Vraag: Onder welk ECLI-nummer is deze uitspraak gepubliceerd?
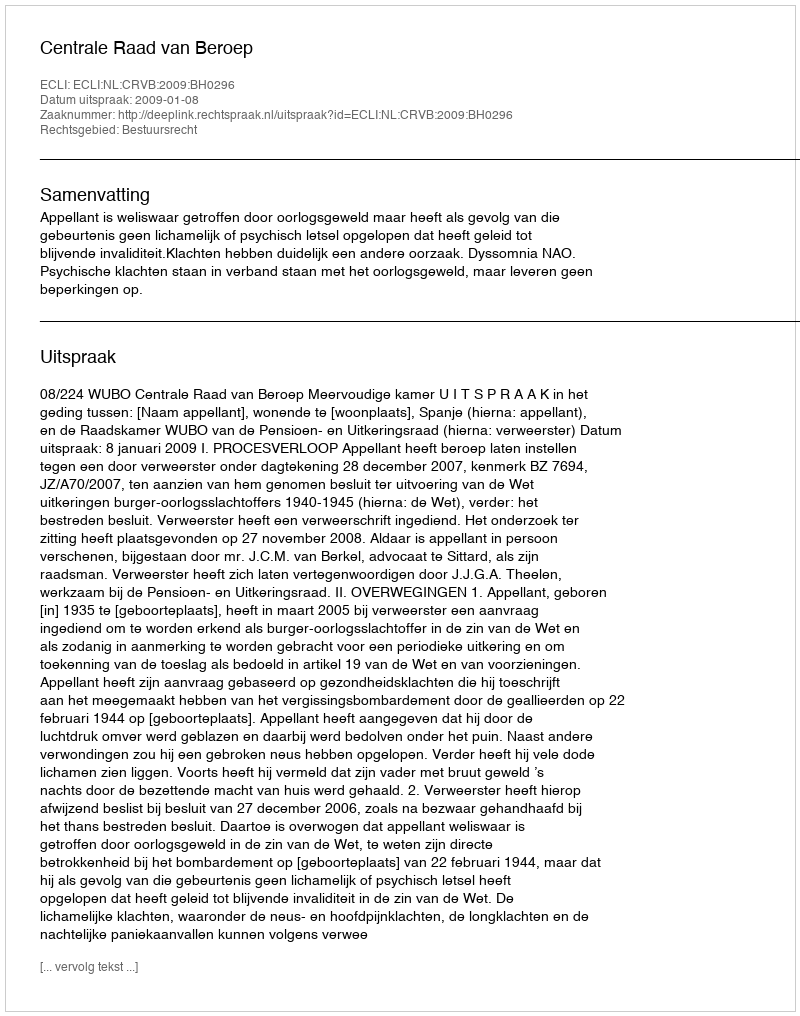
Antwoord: ECLI:NL:CRVB:2009:BH0296